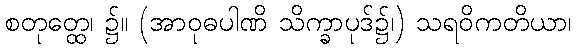
စတုတ္ထေ၊ ၌။ (အာဝုဓပါဏိ သိက္ခာပုဒ်၌၊) သရဝိကတိယာ၊